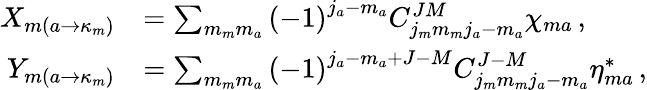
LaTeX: \begin{array}{rl}{X_{m\left(a\rightarrow\kappa_{m}\right)}}&{=\sum_{m_{m}m_{a}}\left(-1\right)^{j_{a}-m_{a}}C_{j_{m}m_{m}j_{a}-m_{a}}^{JM}\chi_{ma}\, ,}\\ {Y_{m\left(a\rightarrow\kappa_{m}\right)}}&{=\sum_{m_{m}m_{a}}\left(-1\right)^{j_{a}-m_{a}+J-M}C_{j_{m}m_{m}j_{a}-m_{a}}^{J-M}\eta_{ma}^{*}\, ,}\end{array}